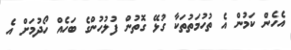
އެހެން ކަމުން އެ ތުހުމަތުތަކާ ގުޅޭ ގޮތުން ފުލުހުންގެ ބަހެއް ހޯދުމަށް އެ